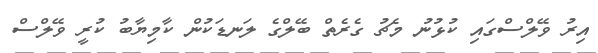
އިރު ވޭލްސްގައި ކުޅުނު މެޗު ގެރެތް ބޭލްގެ ލަނޑަކުން ކާމިޔާބު ކުރީ ވޭލްސް